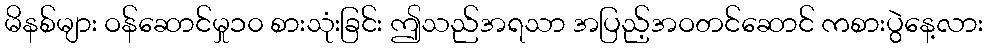
မိနစ်များ ဝန်ဆောင်မှု၁၀ စားသုံးခြင်း ဤသည်အရသာ အပြည့်အဝတင်ဆောင် ကစားပွဲနေ့လား